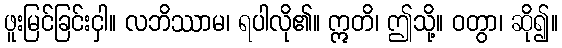
ဖူးမြင်ခြင်းငှါ။ လဘိဿာမ၊ ရပါလို၏။ ဣတိ၊ ဤသို့။ ဝတွာ၊ ဆို၍။